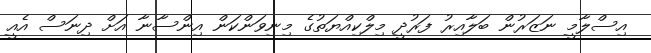
އިސްލާމީ ނަޒަރުން ބަލާއިރު ފަރުދީ މިލްކިއްޔަތުގެ މިނިވަންކަން އިންސާނާ އަށް ދިނަސް އެއީ